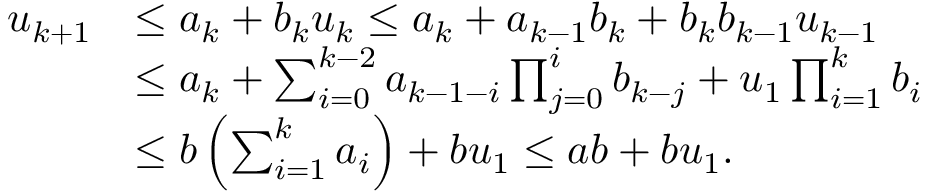
\begin{array} { r l } { u _ { k + 1 } } & { \leq a _ { k } + b _ { k } u _ { k } \leq a _ { k } + a _ { k - 1 } b _ { k } + b _ { k } b _ { k - 1 } u _ { k - 1 } } \\ & { \leq a _ { k } + \sum _ { i = 0 } ^ { k - 2 } a _ { k - 1 - i } \prod _ { j = 0 } ^ { i } b _ { k - j } + u _ { 1 } \prod _ { i = 1 } ^ { k } b _ { i } } \\ & { \leq b \left( \sum _ { i = 1 } ^ { k } a _ { i } \right) + b u _ { 1 } \leq a b + b u _ { 1 } . } \end{array}